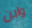
وابن